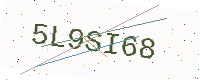
Text: 5L9SI68